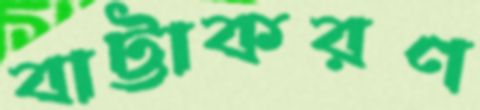
বাট্টাকরণ